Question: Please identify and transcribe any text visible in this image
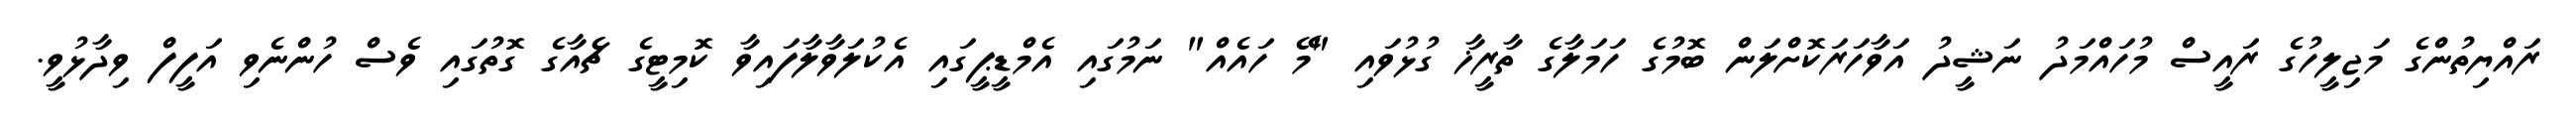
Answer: ރައްޔިތުންގެ މަޖިލީހުގެ ރައީސް މުހައްމަދު ނަޝީދު އަވާހަރަކޮށްލަން ބޮމުގެ ހަމަލާގެ ތާރީޚާ ގުޅުވައި "މޭ ހައެއް" ނަމުގައި އެމްޑީޕީގައި އެކުލަވާލާފައިވާ ކޮމިޓީގެ ޗެެއާގެ ގޮތުގައި ވެސް ހުންނެވި އަފީފް ވިދާޅުވީ.